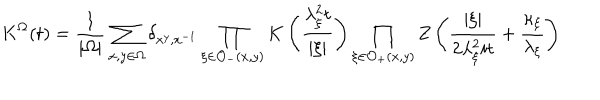
K ^ { \Omega } ( t ) = \frac { 1 } { \left| \Omega \right| } \sum _ { x , y \in \Omega } \delta _ { x ^ { y } , x ^ { - 1 } } \prod _ { \xi \in \mathcal { O } _ { - } ( x , y ) } K \left( \frac { \lambda _ { \xi } ^ { 2 } t } { \left| \xi \right| } \right) \prod _ { \xi \in \mathcal { O } _ { + } ( x , y ) } Z \left( \frac { \left| \xi \right| } { 2 \lambda _ { \xi } ^ { 2 } i t } + \frac { \kappa _ { \xi } } { \lambda _ { \xi } } \right)